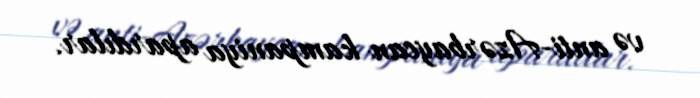
və anti-Azərbaycan kampaniya apardılar.